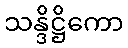
သန္ဒိဋ္ဌိကော